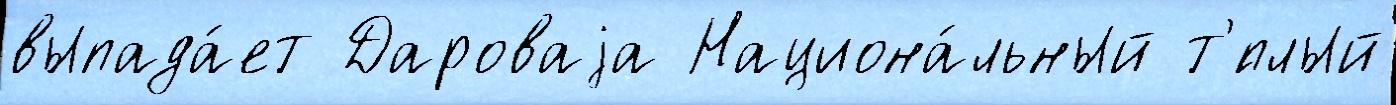
выпада́ет Дароваjа Национа́льный т'́плый